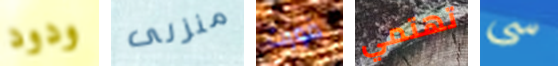
ودود منزلى فورت تهتمي سى